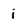
Character: i